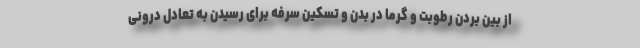
از بین بردن رطوبت و گرما در بدن و تسکین سرفه برای رسیدن به تعادل درونی